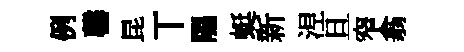
例罄昆丅隰蜓新𣵀旦窄翕